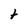
Character: t